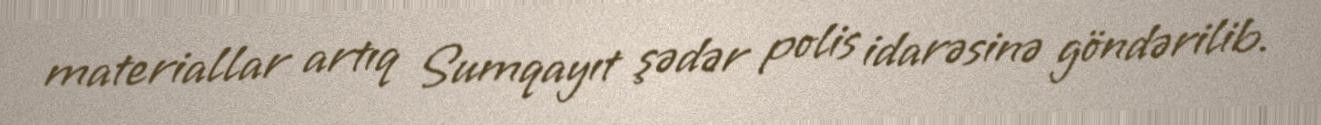
materiallar artıq Sumqayıt şədər polis idarəsinə göndərilib.